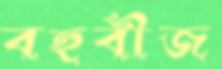
বহুবীজ